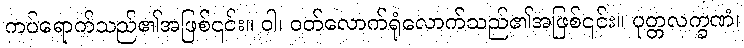
ကပ်ရောက်သည်၏အဖြစ်၎င်း။ ဝါ၊ ဝတ်လောက်ရုံလောက်သည်၏အဖြစ်၎င်း။ ပုတ္တလက္ခဏံ၊